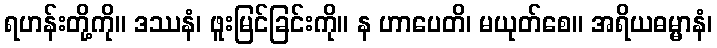
ရဟန်းတို့ကို။ ဒဿနံ၊ ဖူးမြင်ခြင်းကို။ န ဟာပေတိ၊ မယုတ်စေ။ အရိယဓမ္မာနံ၊